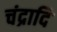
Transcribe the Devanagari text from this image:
चंद्रादि